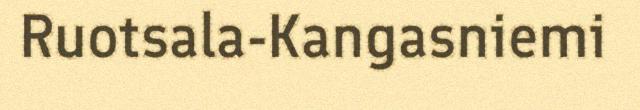
Ruotsala-Kangasniemi